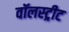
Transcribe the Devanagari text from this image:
वॉलस्ट्रीट